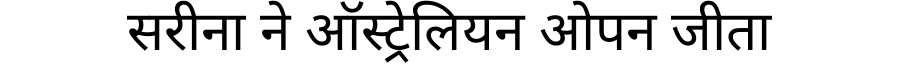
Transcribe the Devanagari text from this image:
सरीना ने ऑस्ट्रेलियन ओपन जीता